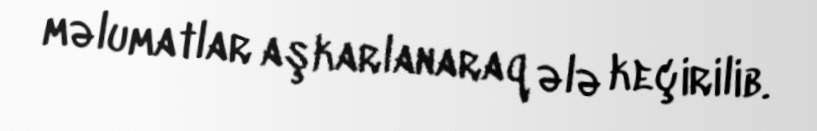
məlumatlar aşkarlanaraq ələ keçirilib.